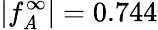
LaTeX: |f_{\mathit{A}}^{\infty}|=0.744